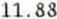
11.88